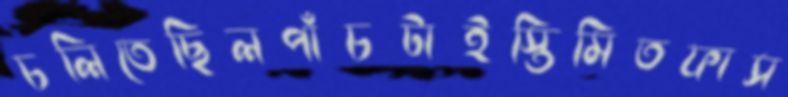
চলিতেছিলপাঁচটাইস্তিমিতফাস